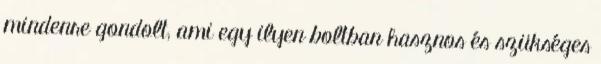
mindenre gondolt, ami egy ilyen boltban hasznos és szükséges